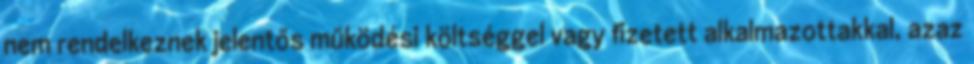
nem rendelkeznek jelentős működési költséggel vagy fizetett alkalmazottakkal, azaz